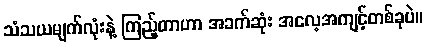
သံသယမျက်လုံးနဲ့ ကြည့်တာဟာ အခက်ဆုံး အလေ့အကျင့်တစ်ခုပဲ။